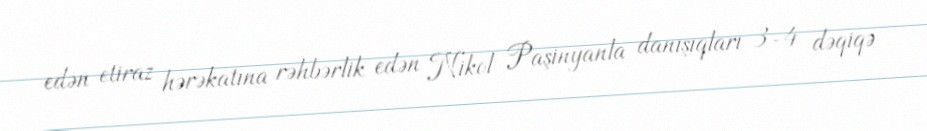
edən etiraz hərəkatına rəhbərlik edən Nikol Paşinyanla danışıqları 3-4 dəqiqə